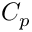
C _ { p }